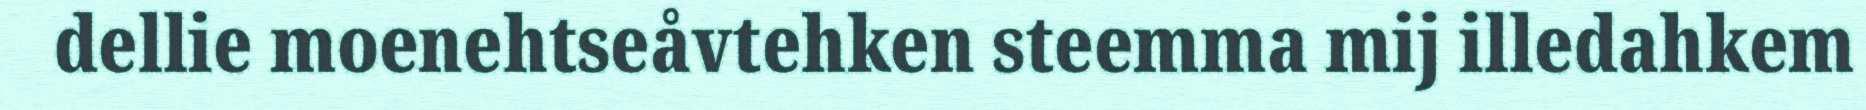
dellie moenehtseåvtehken steemma mij illedahkem